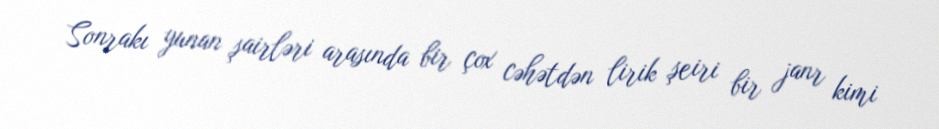
Sonrakı yunan şairləri arasında bir çox cəhətdən lirik şeiri bir janr kimi